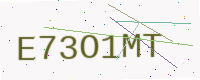
Text: E73O1MT